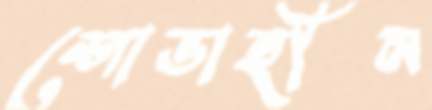
শোভাহীন